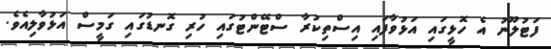
ފަޓުލޫނު އެ ހޮޅީގައި އަޅުވާފައި އިސްތިކުރާ ސްޓޭންޓުގައި ހުރި ގޮނޑުގައި ގަމީސް އަޅުވާލިއެވެ.